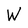
Character: W